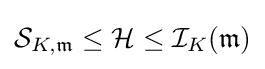
{\mathcal {S}}_{K,{\mathfrak {m}}}\leq {\mathcal {H}}\leq {\mathcal {I}}_{K}({\mathfrak {m}})